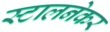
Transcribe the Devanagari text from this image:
स्टालनेकर